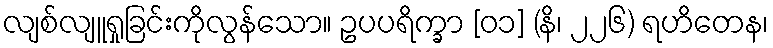
လျစ်လျူရှုခြင်းကိုလွန်သော။ ဥပပရိက္ခာ [၀၁] (နိ၊ ၂၂၆) ရဟိတေန၊